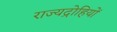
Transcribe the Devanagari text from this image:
राज्यद्रोहियों